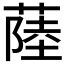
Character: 𦸐